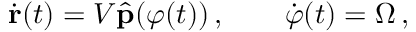
\dot { \mathbf { r } } ( t ) = V \hat { \mathbf { p } } ( \varphi ( t ) ) \, , \qquad \dot { \varphi } ( t ) = \Omega \, ,